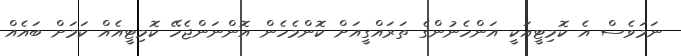
ނަމަވެސް އެ ކޮމިޓީއަކީ އަންހެނުންގެ ތަރައްގީއަށް ކޮންމެހެން އޮންނަންޖެހޭ ކޮމިޓީއެއް ކަމަށް ބައެއް